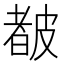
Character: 𥀁